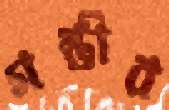
গম্ভীর